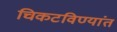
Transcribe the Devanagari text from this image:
चिकटविण्यांत